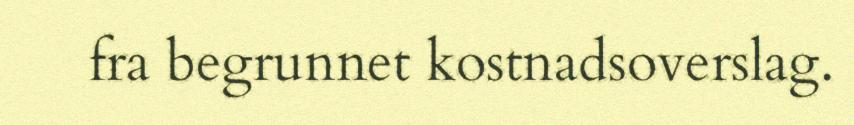
fra begrunnet kostnadsoverslag.